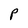
Character: P